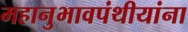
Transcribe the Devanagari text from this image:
महानुभावपंथीयांना